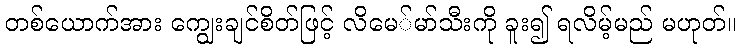
တစ်ယောက်အား ကျွေးချင်စိတ်ဖြင့် လိမေ်မာ်သီးကို ခူး၍ ရလိမ့်မည် မဟုတ်။